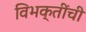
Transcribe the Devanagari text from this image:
विभक्तींची